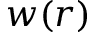
w ( r )